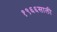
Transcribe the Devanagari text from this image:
१९६६साली